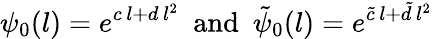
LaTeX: \psi_{0}(l)=e^{c\, l+d\, l^{2}}\ \ \mathrm{and}\ \ \tilde{\psi}_{0}(l)=e^{\tilde{c}\, l+\tilde{d}\, l^{2}}